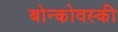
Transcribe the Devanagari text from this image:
बोन्कोवस्की